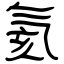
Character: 氦